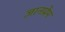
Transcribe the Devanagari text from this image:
ज्ञानप्रेम